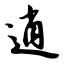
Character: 逍